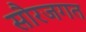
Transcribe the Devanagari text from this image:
सौरजगत